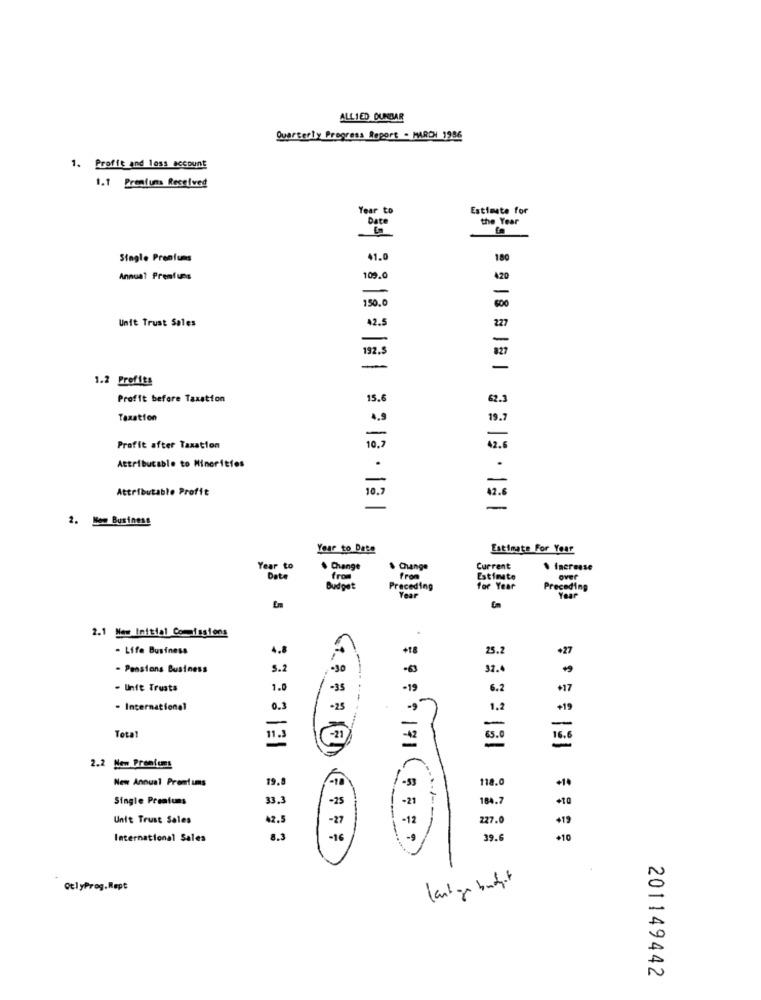
ALLIED DUNBAR
Quarterly Progress Report - MARCH 1986
1. Proffe and 1oss account
1.1 Premium Resolved
Year to
Estimate for
the Year
Date
Stagle Prenfums
41.0
180
Annual Premiums
109.
420
600
150.0
Unit Trust Sales
42.5
227
192.5
1.2 Profits
Profit before Taxation
15.
62.3
Taxation
Profit after Taxation
10. 7
Attributable to Minorities
Attributable Profit
42.6
10.7
-
2. Men Business
Your to Date
Estimate For Your
Year to
$ Change
Change
Current
· fneresse
Date
from
from
Estimate
over
Budget
Preceding
for Year
Preceding
Year
Your
5
2.1 New Initial Commissions
- Life Business
4.8
+18
25.2
+27
- Pensions Business
S.2
-30
-63
32.
- Unit Trusts
1.0
-35
-19
6.2
+17
- International
0.3
-9
1.2
+19
-
-
-
Tota
11.
-42
16.8
2.2 New Premiums
New Annual Premiums
19.8
118.0
Single Premiums
33.3
-25
-21
184.7
** 0
Unit Trust Sales
42.5
-27
-12
227.0
.... / ---
International Sales
8.
-16
39.6
+10
QtlyProg. Røpt
Kantage buchit
201149442